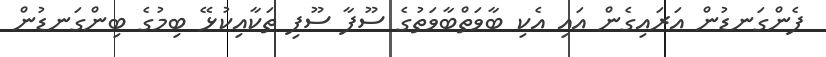
ފެންގަނޑުން އަރައިގެން އައި އެކި ބާވަތްބާވަތުގެ ސޫފާ ސޫފި ތަކާއިކުޅޭ ބިމުގެ ބިންގަނޑުން